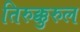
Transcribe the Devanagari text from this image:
तिरुक्कुरुल